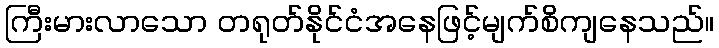
ကြီးမားလာသော တရုတ်နိုင်ငံအနေဖြင့်မျက်စိကျနေသည်။